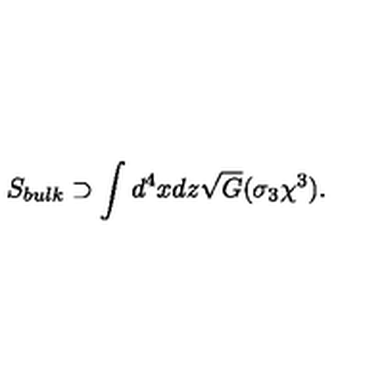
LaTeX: S _ { b u l k } \supset \int d ^ { 4 } x d z \sqrt { G } ( \sigma _ { 3 } \chi ^ { 3 } ) .